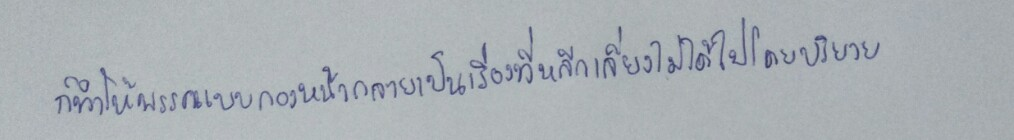
ก็ทำให้พรรคแบบกองหน้ากลายเป็นเรื่องที่หลีกเลี่ยงไม่ได้ไปโดยปริยาย